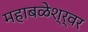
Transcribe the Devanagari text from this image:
महाबळेश्र्वर